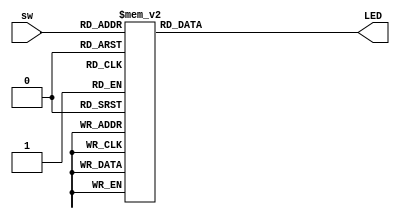
`timescale 1ns / 1ps
//////////////////////////////////////////////////////////////////////////////////

//decoder using case statements. 
module bcdto7(sw, LED);
    input [3:0] sw;
    output reg [6:0] LED;
    
    always @(*)
        begin
        case(sw)
            4'b0000 : LED = 7'b0000001; //"0"
            4'b0001 : LED = 7'b1001111; //"1"
            4'b0010 : LED = 7'b0010010; //"2"
            4'b0011 : LED = 7'b0000110; //"3"
            4'b0100 : LED = 7'b1001100; //"4"
            4'b0101 : LED = 7'b0100100; //"5"
            4'b0110 : LED = 7'b0100000; //"6"
            4'b0111 : LED = 7'b0001111; //"7"
            4'b1000 : LED = 7'b0000000; //"8"
            4'b1001 : LED = 7'b0000100; //"9"
            default : LED = 7'b0000001; //"0"
            endcase
        end
endmodule